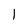
Character: 1